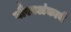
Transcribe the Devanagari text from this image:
गौरवअंकाचे